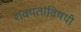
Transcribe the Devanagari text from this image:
शक्यतांविषयी